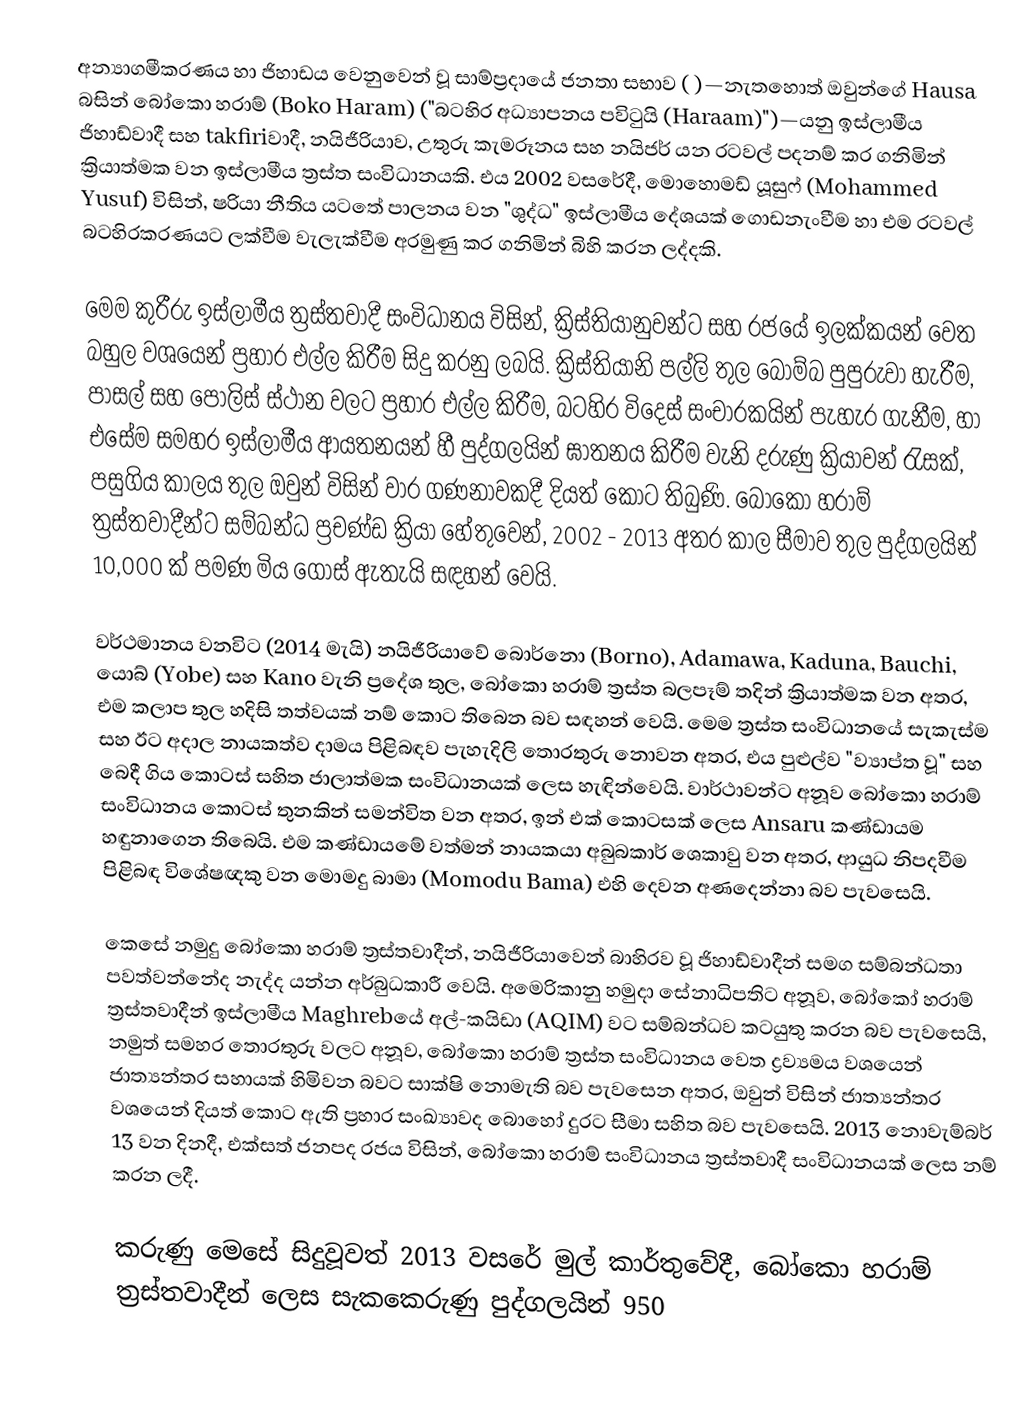
අන්‍යාගමීකරණය හා ජිහාඩය වෙනුවෙන් වූ සාම්ප්‍රදායේ ජනතා සභාව ( )—නැතහොත් ඔවුන්ගේ Hausa බසින් බෝකො හරාම් (Boko Haram) ("බටහිර අධ්‍යාපනය පවිටුයි (Haraam)")—යනු ඉස්ලාමීය ජිහාඩ්වාදී සහ takfiriවාදී, නයිජීරියාව, උතුරු කැමරූනය සහ නයිජර් යන රටවල් පදනම් කර ගනිමින් ක්‍රියාත්මක වන ඉස්ලාමීය ත්‍රස්ත සංවිධානයකි. එය 2002 වසරේදී, මොහොමඩ් යූසුෆ් (Mohammed Yusuf) විසින්, ෂරියා නීතිය යටතේ පාලනය වන "ශුද්ධ" ඉස්ලාමීය දේශයක් ගොඩනැංවීම හා එම රටවල් බටහිරකරණයට ලක්වීම වැලැක්වීම අරමුණු කර ගනිමින් බිහි කරන ලද්දකි.

මෙම කුරීරු ඉස්ලාමීය ත්‍රස්තවාදී සංවිධානය විසින්, ක්‍රිස්තියානුවන්ට සහ රජයේ ඉලක්කයන් වෙත බහුල වශයෙන් ප්‍රහාර එල්ල කිරීම සිදු කරනු ලබයි. ක්‍රිස්තියානි පල්ලි තුල බෝම්බ පුපුරුවා හැරීම, පාසල් සහ පොලිස් ස්ථාන වලට ප්‍රහාර එල්ල කිරීම, බටහිර විදෙස් සංචාරකයින් පැහැර ගැනීම, හා එසේම සමහර ඉස්ලාමීය ආයතනයන් හී පුද්ගලයින් ඝාතනය කිරීම වැනි දරුණු ක්‍රියාවන් රැසක්, පසුගිය කාලය තුල ඔවුන් විසින් වාර ගණනාවකදී දියත් කොට තිබුණි. බෝකො හරාම් ත්‍රස්තවාදීන්ට සම්බන්ධ ප්‍රචණ්ඩ ක්‍රියා හේතුවෙන්, 2002 - 2013 අතර කාල සීමාව තුල පුද්ගලයින්  10,000 ක් පමණ මිය ගොස් ඇතැයි සඳහන් වෙයි.

වර්ථමානය වනවිට (2014 මැයි) නයිජීරියාවේ බොර්නො (Borno), Adamawa, Kaduna, Bauchi, යොබ් (Yobe) සහ Kano වැනි ප්‍රදේශ තුල, බෝකො හරාම් ත්‍රස්ත බලපෑම් තදින් ක්‍රියාත්මක වන අතර, එම කලාප තුල හදිසි තත්වයක් නම් කොට තිබෙන බව සඳහන් වෙයි. මෙම ත්‍රස්ත සංවිධානයේ සැකැස්ම සහ ඊට අදාල නායකත්ව දාමය පිළිබඳව පැහැදිලි තොරතුරු නොවන අතර, එය පුළුල්ව "ව්‍යාප්ත වූ" සහ බෙදී ගිය කොටස් සහිත ජාලාත්මක සංවිධානයක් ලෙස හැඳින්වෙයි. වාර්ථාවන්ට අනූව බෝකො හරාම් සංවිධානය කොටස් තුනකින් සමන්විත වන අතර, ඉන් එක් කොටසක් ලෙස Ansaru කණ්ඩායම හඳුනාගෙන තිබෙයි. එම කණ්ඩායමේ වත්මන් නායකයා අබුබකාර් ශෙකාවු වන අතර, ආයුධ නිපදවීම පිළිබඳ විශේෂඥකු වන මොමදු බාමා (Momodu Bama) එහි දෙවන අණදෙන්නා බව පැවසෙයි.

කෙසේ නමුදු බෝකො හරාම් ත්‍රස්තවාදීන්, නයිජීරියාවෙන් බාහිරව වූ ජිහාඩ්වාදීන් සමග සම්බන්ධතා පවත්වන්නේද නැද්ද යන්න අර්බුධකාරී වෙයි. අමෙරිකානු හමුදා සේනාධිපතිට අනූව, බෝකෝ හරාම් ත්‍රස්තවාදීන් ඉස්ලාමීය Maghrebයේ අල්-කයිඩා (AQIM) වට සම්බන්ධව කටයුතු කරන බව පැවසෙයි, නමුත් සමහර තොරතුරු වලට අනූව, බෝකො හරාම් ත්‍රස්ත සංවිධානය වෙත ද්‍රව්‍යමය වශයෙන් ජාත්‍යන්තර සහායක් හිමිවන බවට සාක්ෂි නොමැති බව පැවසෙන අතර, ඔවුන් විසින් ජාත්‍යන්තර වශයෙන් දියත් කොට ඇති ප්‍රහාර සංඛ්‍යාවද බොහෝ දුරට සීමා සහිත බව පැවසෙයි. 2013 නොවැම්බර් 13 වන දිනදී, එක්සත් ජනපද රජය විසින්, බෝකො හරාම් සංවිධානය ත්‍රස්තවාදී සංවිධානයක් ලෙස නම් කරන ලදී.

කරුණු මෙසේ සිදුවූවත් 2013 වසරේ මුල් කාර්තුවේදී, බෝකො හරාම් ත්‍රස්තවාදීන් ලෙස සැකකෙරුණු පුද්ගලයින් 950